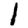
Digit: 1